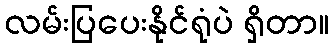
လမ်းပြပေးနိုင်ရုံပဲ ရှိတာ။